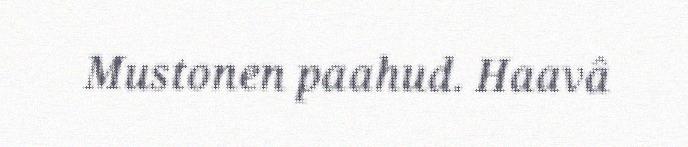
Mustonen paahud. Haavâ